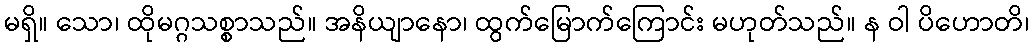
မရှိ။ သော၊ ထိုမဂ္ဂသစ္စာသည်။ အနိယျာနော၊ ထွက်မြောက်ကြောင်း မဟုတ်သည်။ န ဝါ ပိဟောတိ၊